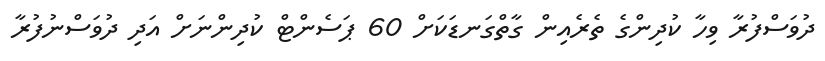
ދުވަސްފުރާ ވިހާ ކުދިންގެ ތެރެއިން ގާތްގަނޑަކަށް 60 ޕަސެންޓް ކުދިންނަށް އަދި ދުވަސްނުފުރާ